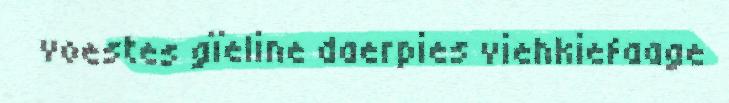
voestes gïeline daerpies viehkiefaage